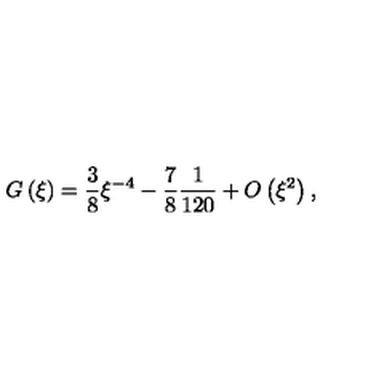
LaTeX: G \left( \xi \right) = \frac { 3 } { 8 } \xi ^ { - 4 } - \frac { 7 } { 8 } \frac { 1 } { 1 2 0 } + O \left( \xi ^ { 2 } \right) ,